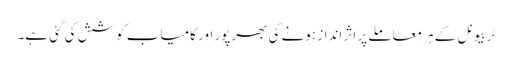
ٹربیونل کے ہر معاملے پر اثر انداز ہونے کی بھرپور اور کامیاب کوشش کی گئی ہے۔